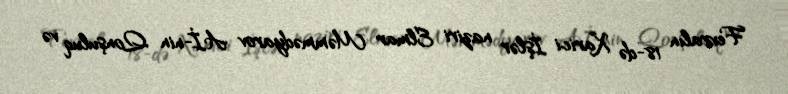
Fevralın 18-də Xarici İşlər naziri Elmar Məmmədyarov Aİ-nin Qonşuluq və